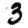
Digit: 3